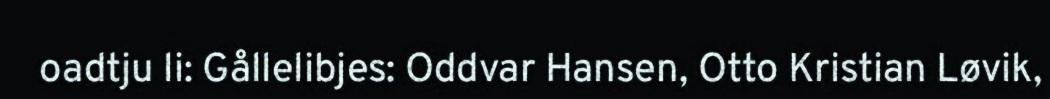
oadtju li: Gållelibjes: Oddvar Hansen, Otto Kristian Løvik,